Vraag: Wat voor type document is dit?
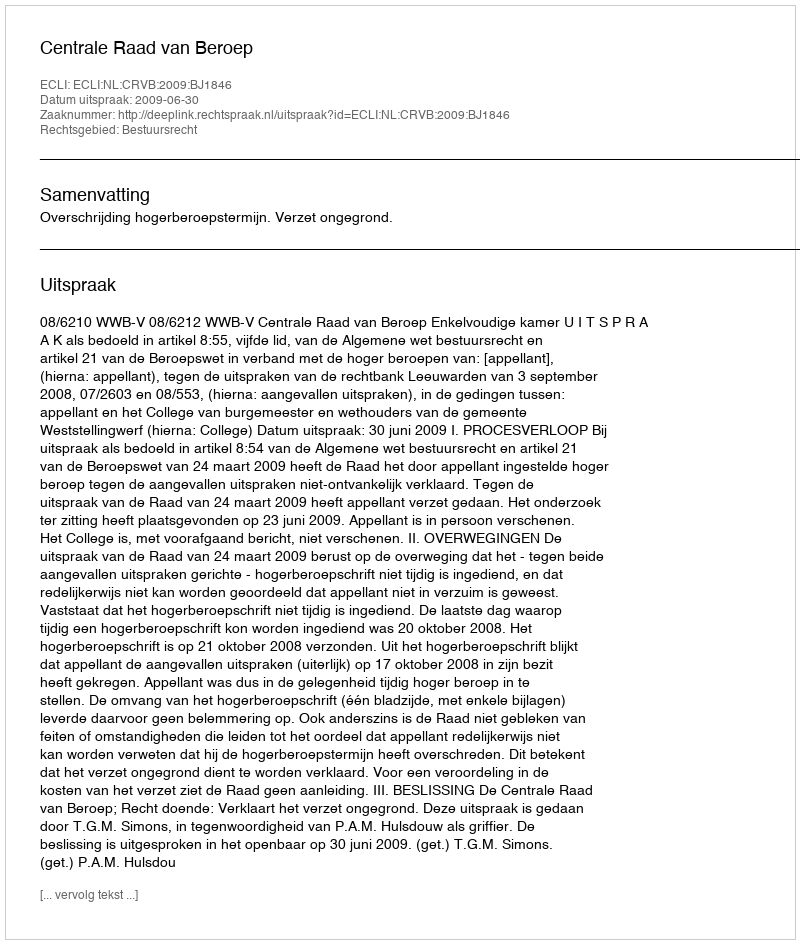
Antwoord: Uitspraak